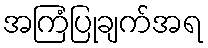
အကြံပြုချက်အရ